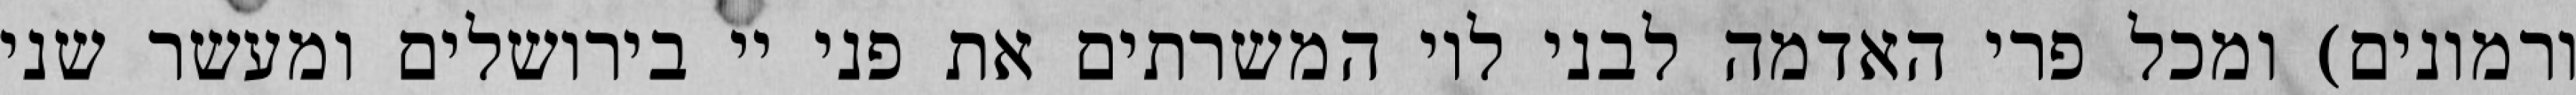
ורמונים) ומכל פרי האדמה לבני לוי המשרתים את פני יי בירושלים ומעשר שני